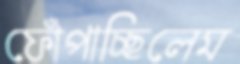
ফোঁপাচ্ছিলেম